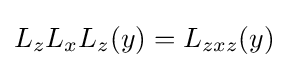
L_{z}L_{x}L_{z}(y)=L_{zxz}(y)